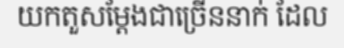
យកតួសម្តែងជាច្រើននាក់ ដែល